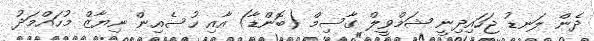
ދެން ލަނޑު ޖަހައިދިނީ ޝަމްވީލް ގާސިމް (ބޮންޑާ) އާއި ހުސެއިން ނިޔާޒް މުހައްމަދު